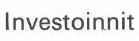
Investoinnit